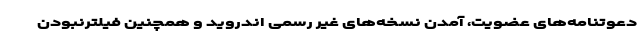
دعوتنامه‌های عضویت، آمدن نسخه‌های غیر رسمی اندروید و همچنین فیلترنبودن